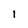
Character: I